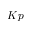
K p